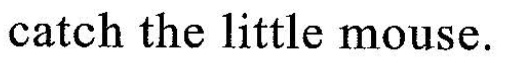
catch the little mouse.